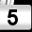
Digit: 5